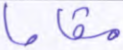
مقاما